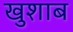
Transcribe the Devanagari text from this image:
खुशाब